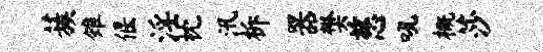
蔟雉偃淫枕汛柝器樊慈吼概莎